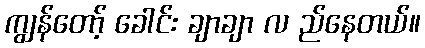
ကျွန်တော့် ခေါင်း ချာချာ လ ည်နေတယ်။